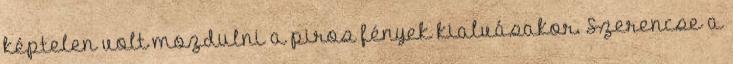
képtelen volt mozdulni a piros fények kialvásakor. Szerencse a